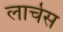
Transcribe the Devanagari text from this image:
लार्चेस